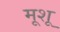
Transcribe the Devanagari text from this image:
मूशू